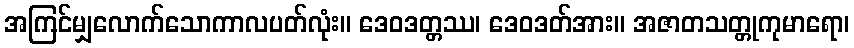
အကြင်မျှလောက်သောကာလပတ်လုံး။ ဒေဝဒတ္တဿ၊ ဒေဝဒတ်အား။ အဇာတသတ္တုကုမာရော၊